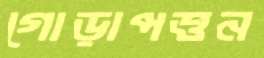
গোড়াপত্তন